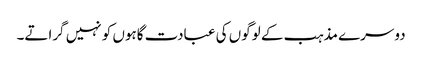
دوسرے مذہب کے لوگوں کی عبادت گاہوں کو نہیں گراتے۔